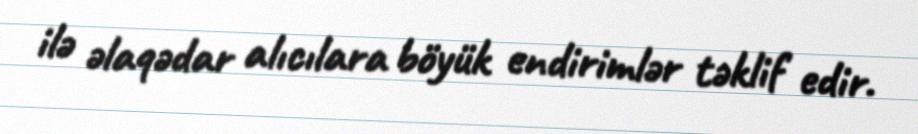
ilə əlaqədar alıcılara böyük endirimlər təklif edir.